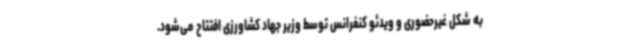
به شکل غیرحضوری و ویدئو کنفرانس توسط وزیر جهاد کشاورزی افتتاح می‌شود.